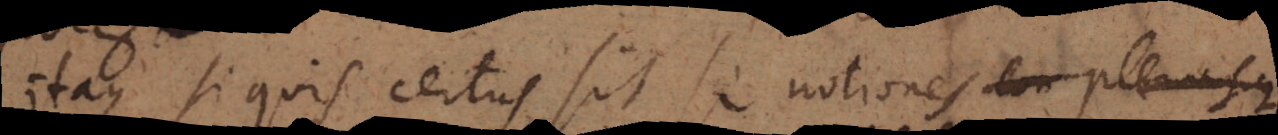
Itaque si quis certus sit se notiones